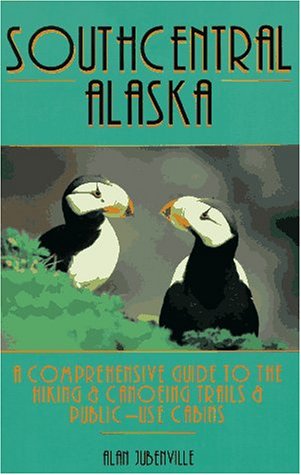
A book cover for Southcentral Alaska: A Comprehensive Guide to Hiking & Canoeing Trails & Public-Use Cabins (One of a kind); Alan Jubenville; Travel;